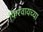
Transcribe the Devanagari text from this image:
फिरवायच्या